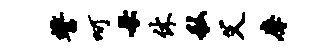
誓呵母休私父摩